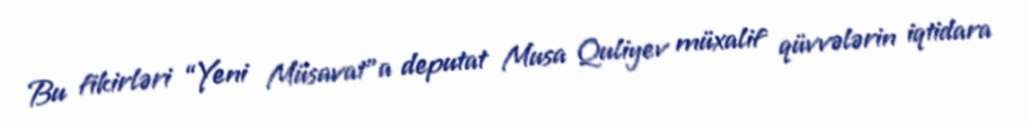
Bu fikirləri “Yeni Müsavat”a deputat Musa Quliyev müxalif qüvvələrin iqtidara